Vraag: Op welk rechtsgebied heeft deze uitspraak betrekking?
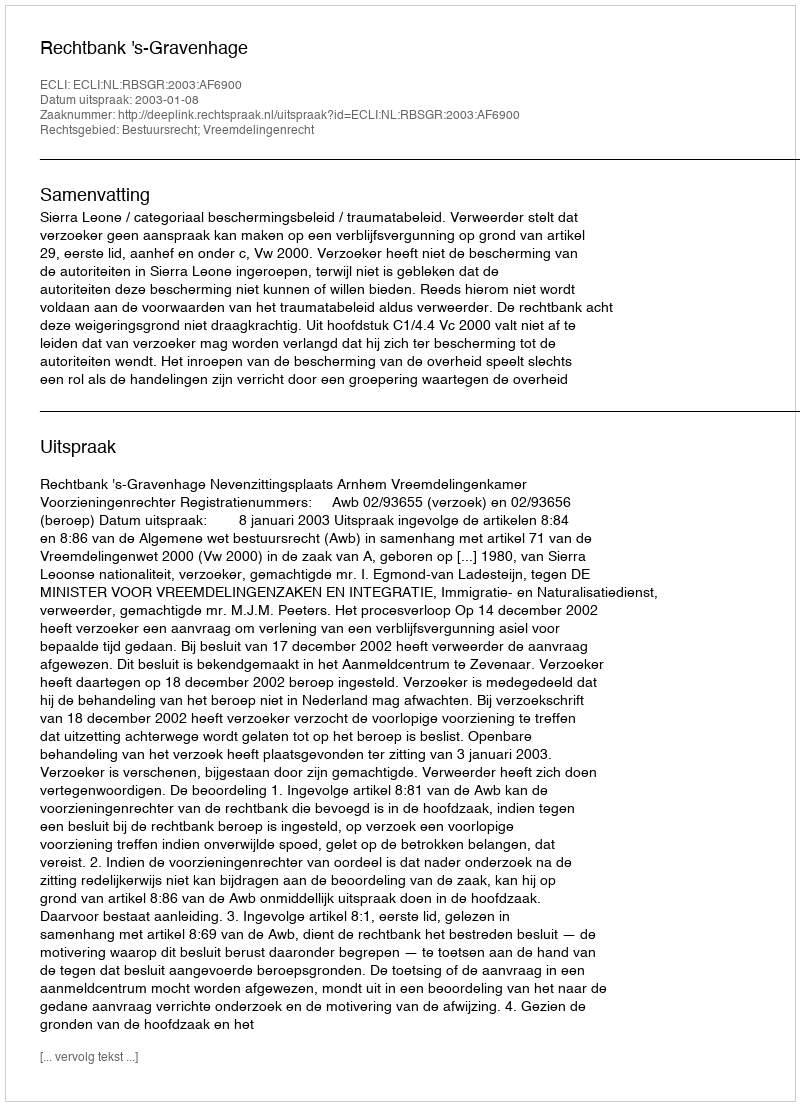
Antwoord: Bestuursrecht; Vreemdelingenrecht